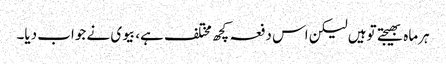
ہرماہ بھیجتے توہیں لیکن اس دفعہ کچھ مختلف ہے، بیوی نے جواب دیا۔